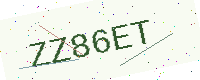
Text: ZZ86ET